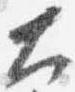
大